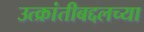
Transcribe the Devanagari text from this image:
उत्क्रांतीबद्दलच्या